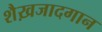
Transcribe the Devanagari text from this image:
शैख़जादगान